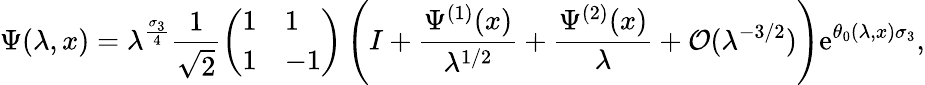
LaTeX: \Psi(\lambda,x)=\lambda^{\frac{\sigma_{3}}{4}}\frac{1}{\sqrt{2}}\left(\begin{array}{ll}{1}&{1}\\ {1}&{-1}\end{array}\right)\left(I+\frac{\Psi^{(1)}(x)}{\lambda^{1/2}}+\frac{\Psi^{(2)}(x)}{\lambda}+\mathcal{O}(\lambda^{-3/2})\right)\mathrm{e}^{\theta_{0}(\lambda,x)\sigma_{3}},